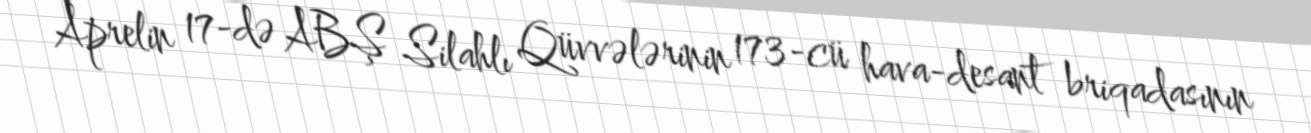
Aprelin 17-də ABŞ Silahlı Qüvvələrinin 173-cü hava-desant briqadasının